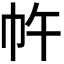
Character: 𭘔